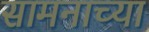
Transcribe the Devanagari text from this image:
सामनाच्या